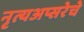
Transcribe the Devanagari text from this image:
नृत्यअप्सरेचे